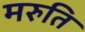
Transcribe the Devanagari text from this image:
मरुति